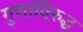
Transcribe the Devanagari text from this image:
गुणांविरुद्ध